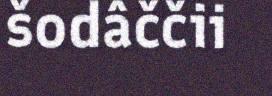
šodâččii